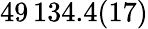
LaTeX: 49\, 134.4(17)